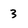
Character: 3